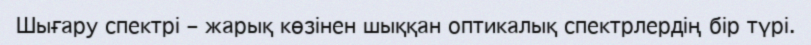
Шығару спектрі – жарық көзінен шыққан оптикалық спектрлердің бір түрі.